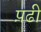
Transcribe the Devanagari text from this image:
प़ढी